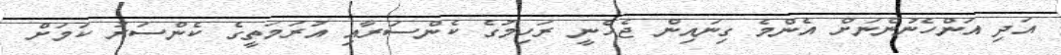
އަދި އަންހެނުންނަށް އެންމެ ގިނައިން ޖެހެނީ ރަހިމުގެ ކެންސަރާއި އުރަމަތީގެ ކެންސަރު ކަމަށް